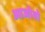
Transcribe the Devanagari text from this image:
आजोवो